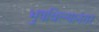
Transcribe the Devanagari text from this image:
भुषविल्यानंतर